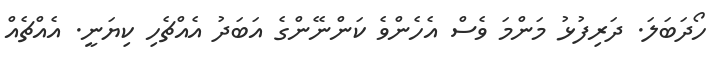
ހޯދަބަލަ. ދަރިފުޅު މަންމަ ވެސް އެހެންވެ ކަންނޭންގެ އަބަދު އެއްޗެހި ކިޔަނީ. އެއްޗެއް